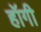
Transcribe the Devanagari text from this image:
हॉगी